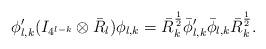
LaTeX: \begin{align*}\phi'_{l,k}(I_{4^{l-k}}\otimes \bar{R}_l)\phi_{l,k}=\bar{R}_k^{\frac{1}{2}}\bar{\phi}'_{l,k}\bar{\phi}_{l,k}\bar{R}_k^{\frac{1}{2}}.\end{align*}